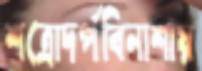
শত্রোদর্পবিনাশায়